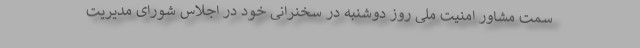
سمت مشاور امنیت ملی روز دوشنبه در سخنرانی خود در اجلاس شورای مدیریت